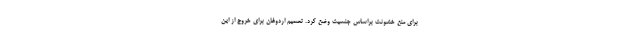
برای منع خشونت براساس جنسیت وضع کرد. تصمیم اردوغان برای خروج از این